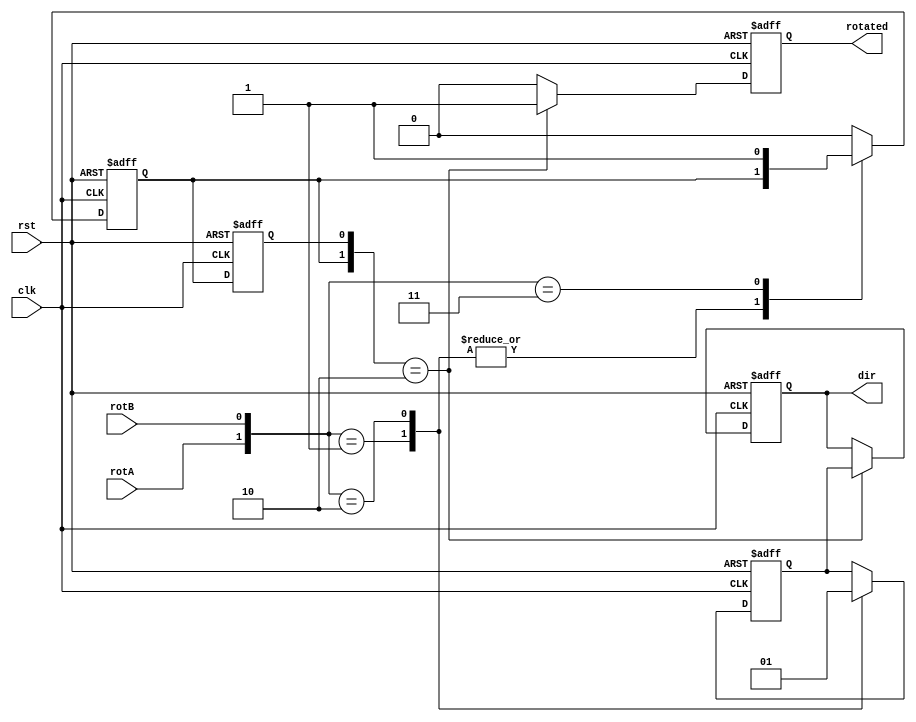
`timescale 1ns / 1ps
//////////////////////////////////////////////////////////////////////////////////
// Company: 
// Engineer: 
// 
// Design Name: 
// Module Name:    rot_decode 
// Project Name: 
// Target Devices: 
// Tool versions: 
// Description: 
//
// Dependencies: 
//
// Revision: 
// Revision 0.01 - File Created
// Additional Comments: 
//
//////////////////////////////////////////////////////////////////////////////////
module rot_decode(
    input clk,
    input rst,
    input rotA,
    input rotB,
    output reg rotated,
    output reg dir
    );

	// dir = 0 -> left, dir = 1 -> right
	//when rotating cw, rotA goes first before rotB
	//when rotating ccw, rotB goes first before rotA
	
	//q1 indicates if switch was rotated. q2 indicates direction
	//q2 = 0 -> left/ccw || q2 = 1 -> right/cw
	
	//rotation is done when both rotA and rotB are asserted
	reg q1, q2, delay_q1;
	always@(posedge clk or posedge rst) begin
		if(rst) begin
			q1 <= 0;
			q2 <= 0;
		end
		else begin
			case({rotA, rotB})
				2'b01: begin	//ccw: q2 = 0
							q1 <= q1;
							q2 <= 0;
						end
				2'b10: begin	//cw: q2 = 1
							q1 <= q1;
							q2 <= 1;
						end
				2'b11: begin
							q1 <= 1;
							q2 <= q2;
						end
				default: begin
							q1 <= 0;
							q2 <= q2;
						end
			endcase
		end
	end
	
	always@(posedge clk or posedge rst) begin
		if(rst) begin
			rotated <= 0;
			dir <= 0;
			delay_q1 <= 0;
		end
		else begin
			delay_q1 <= q1;
			case({q1, delay_q1})
				2'b10: begin
							rotated <= 1;
							dir <= q2;
						 end
				default: begin
								rotated <= 0;
								dir <= dir;
							end
			endcase
		end
	end
endmodule